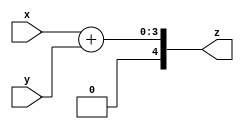
module add_circuit3
# (parameter N= 3)
(
    input wire [N:0] x,
    input wire [N:0] y,
    output wire [N+1:0] z
  //  output wire cout

);
localparam N1=N-1;
wire [N:0] temp;
assign temp = {1'b0,x}+{1'b0,y};
assign z=temp;
//assign cout=temp[8];
endmodule